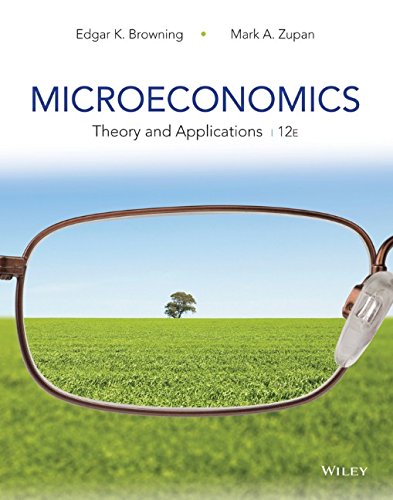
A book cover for Microeconomics: Theory and Applications; Edgar K. Browning; Business & Money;